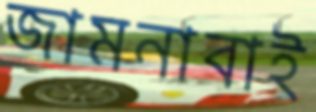
জামনাবাই